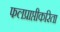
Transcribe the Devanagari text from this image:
फलप्राप्तीकरिता